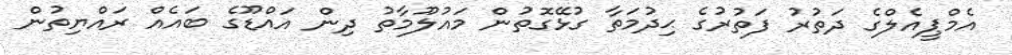
އެމްޕީއެލްގެ ދަތުރު ފަތުރުގެ ޙިދުމަތާ ގުޅޭގޮތުން މައުލޫމާތު ދިން އައްޑޫގެ ބައެއް ރައްޔިތުން